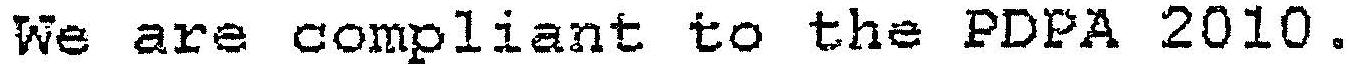
WE ARE COMPLIANT TO THE PDPA 2010.